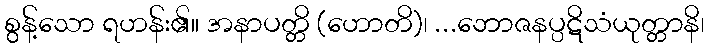
စွန့်သော ရဟန်း၏။ အနာပတ္တိ (ဟောတိ)၊ ...ဘောဇနပ္ပဋိသံယုတ္တာနိ၊